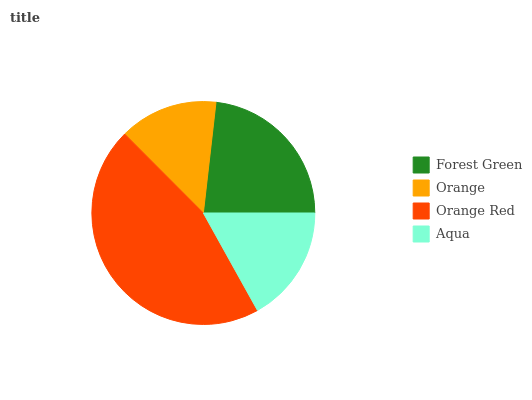
| Forest Green | Orange | Orange Red | Aqua |
 | --- | --- | --- | --- |
 | 23.2% | 14.3% | 45.6% | 16.9% |